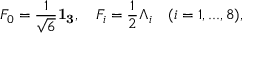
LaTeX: F _ { 0 } = \frac { 1 } { \sqrt { 6 } } { \bf 1 _ { 3 } } , \quad F _ { i } = \frac { 1 } { 2 } \Lambda _ { i } \quad ( i = 1 , . . . , 8 ) ,